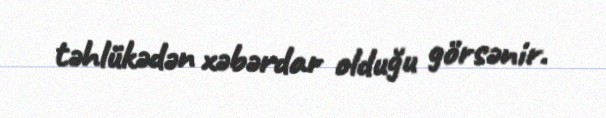
təhlükədən xəbərdar olduğu görsənir.